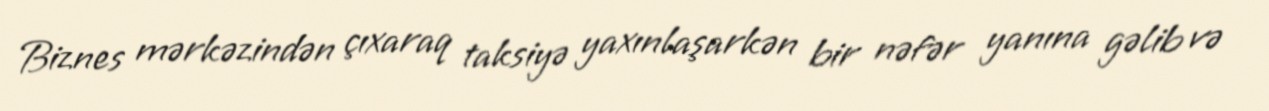
Biznes mərkəzindən çıxaraq taksiyə yaxınlaşarkən bir nəfər yanına gəlib və